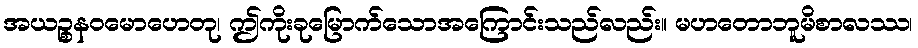
အယဉ္စနဝမောဟေတု၊ ဤကိုးခုမြောက်သောအကြောင်းသည်လည်း။ မဟတောဘူမိစာလဿ၊